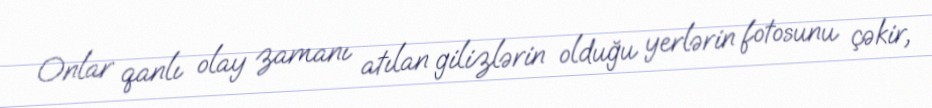
Onlar qanlı olay zamanı atılan gilizlərin olduğu yerlərin fotosunu çəkir,